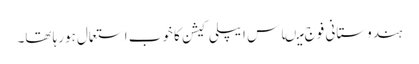
ہندوستانی فوج میںاس ایپلی کیشن کا خوب استعمال ہورہا تھا۔